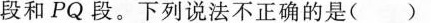
段和PQ段。下列说法不正确的是()